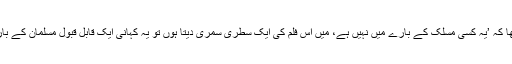
‘ان کا کہنا تھا کہ ’یہ کسی مسلک کے بارے میں نہیں ہے، میں اس فلم کی ایک سطری سمری دیتا ہوں تو یہ کہانی ایک قابلِ قبول مسلمان کے بارے میں ہے۔